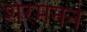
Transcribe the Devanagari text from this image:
शेरमनने